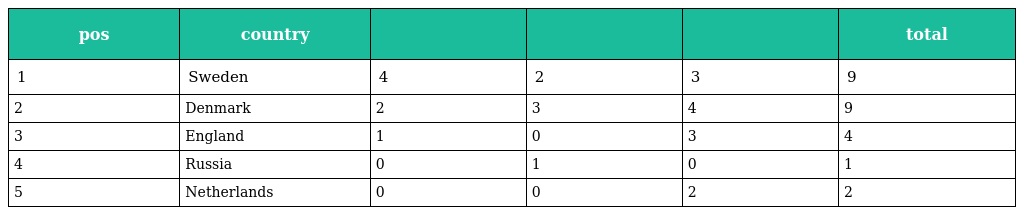
| pos | country |  |  |  | total |
 | --- | --- | --- | --- | --- | --- |
 | 1 | Sweden | 4 | 2 | 3 | 9 |
 | 2 | Denmark | 2 | 3 | 4 | 9 |
 | 3 | England | 1 | 0 | 3 | 4 |
 | 4 | Russia | 0 | 1 | 0 | 1 |
 | 5 | Netherlands | 0 | 0 | 2 | 2 |